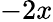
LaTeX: -2x